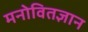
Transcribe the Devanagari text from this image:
मनोवितज्ञान